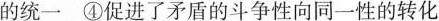
的统一 ④促进了矛盾的斗争性向同一性的转化